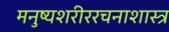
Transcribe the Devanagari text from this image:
मनुष्यशरीररचनाशास्त्र